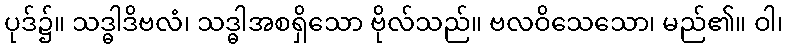
ပုဒ်၌။ သဒ္ဓါဒိဗလံ၊ သဒ္ဓါအစရှိသော ဗိုလ်သည်။ ဗလဝိသေသော၊ မည်၏။ ဝါ၊